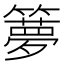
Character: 𥶃